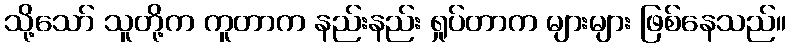
သို့သော် သူတို့က ကူတာက နည်းနည်း ရှုပ်တာက များများ ဖြစ်နေသည်။